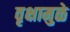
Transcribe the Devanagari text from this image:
वृक्षामुळे